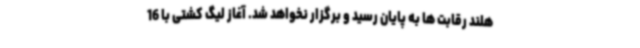
هلند رقابت ها به پایان رسید و برگزار نخواهد شد. آغاز لیگ کشتی با 16